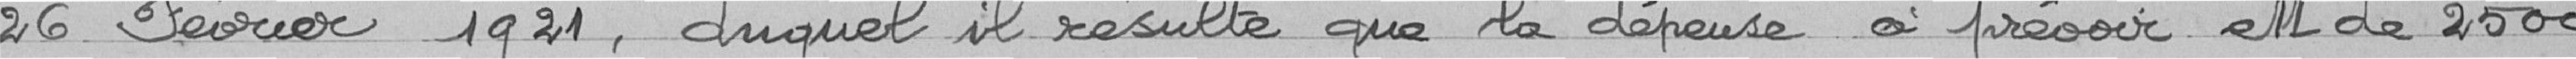
26 février 1921, duquel il résulte que la dépense à prévoir est de 2500